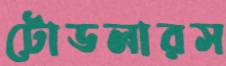
টোডলারস